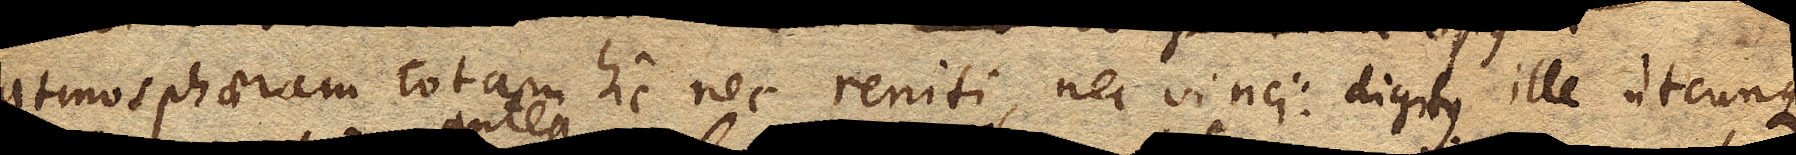
atmosphaeram totam hic nec reniti, nec vinci: digitus ille utcunque